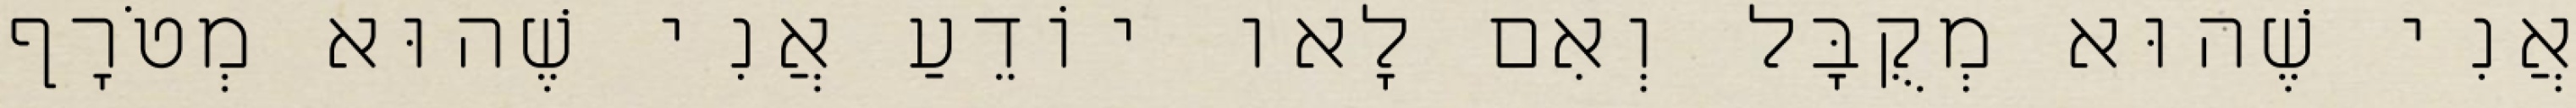
אֲנִי שֶׁהוּא מְקֻבָּל וְאִם לָאו יוֹדֵעַ אֲנִי שֶׁהוּא מְטֹרָף